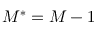
M ^ { * } = M - 1